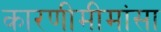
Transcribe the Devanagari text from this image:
कारणीमीमांसा